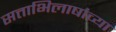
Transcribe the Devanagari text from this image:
सत्ताभिलाषांच्या